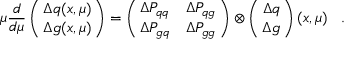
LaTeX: \mu \frac { { d } } { { d } \mu } \left( \! \! \begin{array} { c } { { { \Delta q ( x , \mu ) } } } \\ { { { \Delta g ( x , \mu ) } } } \end{array} \! \! \right) = \left( \! \! \begin{array} { c c } { { \Delta { \cal P } _ { q q } } } & { { \Delta { \cal P } _ { q g } } } \\ { { \Delta { \cal P } _ { g q } } } & { { \Delta { \cal P } _ { g g } } } \end{array} \! \! \right) \otimes \left( \! \! \begin{array} { c } { { { \Delta q } } } \\ { { { \Delta g } } } \end{array} \! \! \right) ( x , \mu ) \; \; \; .